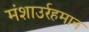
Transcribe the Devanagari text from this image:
मंशाउर्रहमान